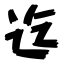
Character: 迄